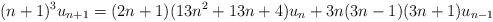
LaTeX: \begin{align*}(n+1)^3u_{n+1}=(2n+1)(13n^2+13n+4)u_n+3n(3n-1)(3n+1)u_{n-1}\end{align*}